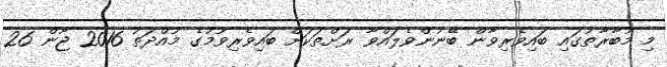
މި މުބާރާތުގައި ބައިވެރިވާން ބޭނުންވެލައްވާ ރަށްތަކަށް ބައިވެރިވުމުގެ މުއްދަތު 2016 ޖޫން 26